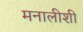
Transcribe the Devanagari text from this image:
मनालीशी